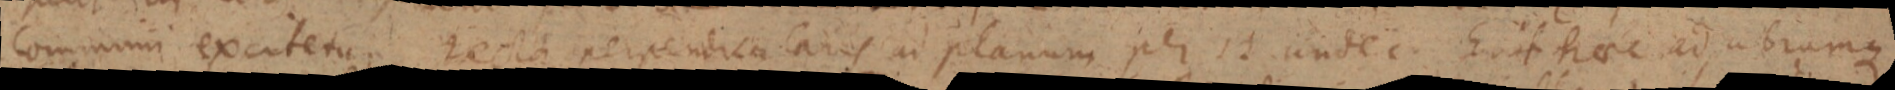
communi excitetur recta perpendicularis ad planum per 12 undec Erit haec ad utrumque